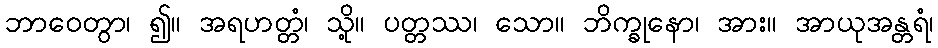
ဘာဝေတွာ၊ ၍။ အရဟတ္တံ၊ သို့။ ပတ္တဿ၊ သော။ ဘိက္ခုနော၊ အား။ အာယုအန္တရံ၊